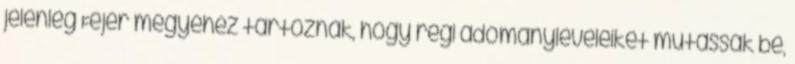
jelenleg Fejér megyéhez tartoznak, hogy régi adományleveleiket mutassák be,